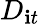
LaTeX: D_{\mathbf{i}t}